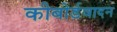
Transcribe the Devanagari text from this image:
कीबोर्डवादन